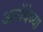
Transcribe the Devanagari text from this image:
आयेंदेच्या